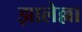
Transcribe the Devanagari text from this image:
झालेल्ला